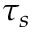
\tau _ { s }